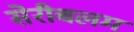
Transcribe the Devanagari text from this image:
सेरीबलम